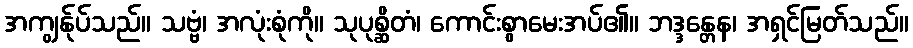
အကျွန်ုပ်သည်။ သဗ္ဗံ၊ အလုံးစုံကို။ သုပုစ္ဆိတံ၊ ကောင်းစွာမေးအပ်၏။ ဘဒ္ဒန္တေန၊ အရှင်မြတ်သည်။